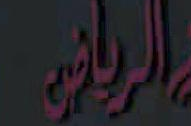
الرياضية